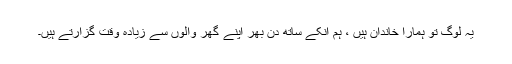
یہ لوگ تو ہمارا خاندان ہیں ، ہم انکے ساتھ دن بھر اپنے گھر والوں سے زیادہ وقت گزارتے ہیں۔